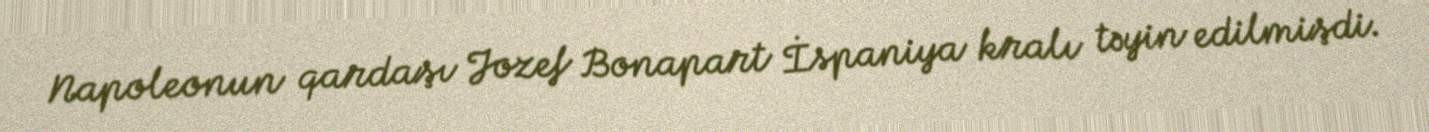
Napoleonun qardaşı Jozef Bonapart İspaniya kralı təyin edilmişdi.